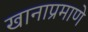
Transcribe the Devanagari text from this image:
खानाप्रमाणे